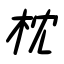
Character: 枕